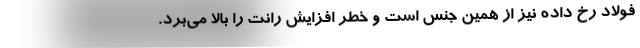
فولاد رخ داده نیز از همین جنس است و خطر افزایش رانت را بالا می‌برد.